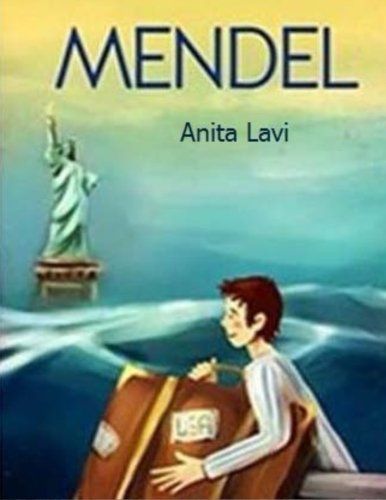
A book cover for Mendel; Anita Helaina Lavi; Children's Books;